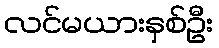
လင်မယားနှစ်ဦး